Annual statistical returns and brief notes on vaccination in Bengal - 1887-1898
Year: 1887
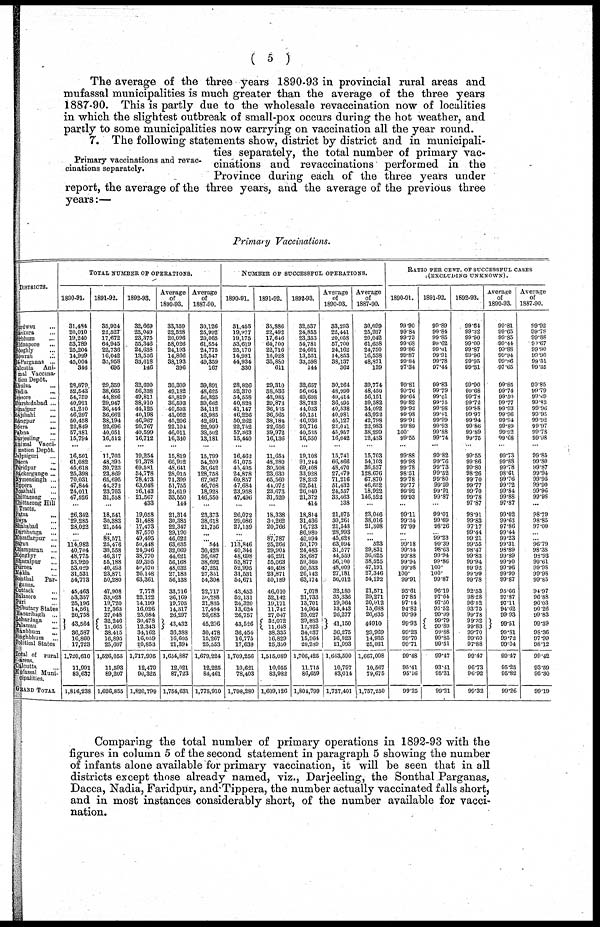
( 5 )
The average of the three years 1890-93 in provincial rural areas and
mufassal municipalities is much greater than the average of the three years
1887-90. This is partly due to the wholesale revaccination now of localities
in which the slightest outbreak of small-pox occurs during the hot weather, and
partly to some municipalities now carrying on vaccination all the year round.
Primary vaccinations and revac¬
cinations separately.
7. The following statements show, district by district and in municipali-
ties separately, the total number of primary vac-
cinations and revaccinations performed in the
Province during each of the three years under
report, the average of the three years, and the average of the previous three
years:—
Primary Vaccinations.
DISTRICTS.
Surdwan ...
Sankura ...
Sirbhum ...
Midnapore ...
Hooghly ...
Howrah
...
24-Parganas ...
Calcutta
Ani-
mal Vaccina-
tion Depôt.
Khulna ...
Nadia ...
Jessore ...
Murshidabad ...
Dinajpur ...
Rajshahi
...
Rangpur ...
Sogra
...
Pabna ...
Darjeeling ...
Animal Vacci¬
nation Depôt.
Jalpaiguri
...
Dacca
...
Faridpur
...
Backergunge ...
Mymensingh ...
Tippera ...
Noakhali ...
Chittagong ...
Chittagong Hill
Tracts.
Patna
...
Gaya ...
Shahabad ...
Darbhanga ...
Muzaffarpur ...
Saran ...
Champaran ...
Monghyr
...
Bhagalpur ...
Purnea
...
Malda ...
Sonthal Par¬
ganas.
Cuttack ...
Balasore
...
Puri ...
Tributary States
Hazaribagh ...
Loharjaga ...
Palamau ...
Manbhutm
...
Singhbhum
...
Political States...
Total of rural
areas.
Calcutta ...
Mufassal Muni¬
cipalities.
GRAND TOTAL
TOTAL NUMBER OF OPERATIONS.
1890-91.
31,484
20,010
19,240
53,789
25,204
14,999
45,004
346
28,879
52,543
54,759
40,921
41,210
46,297
50,458
22,849
57,381
15,794
...
16,501
61,082
45,618
25,398
70,031
47,844
24,011
47,526
...
26,342
29,285
28,022
...
...
114,982
40,704
48,775
53,920
53,029
31,531
54,773
45,463
53,357
25,196
14,561
26,758
43,564
36,587
16,860
17,723
1,720,610
11,991
83,637
1,816,238
1891-92.
35,924
22,527
17,672
64,945
22,736
16,042
35,958
695
29,359
38,665
44,886
29,947
36,444
36,662
38,194
22,696
40,051
16,512
...
11,703
48,395
30,723
23,869
65,695
44,372
23,703
31,558
...
18,541
30,383
21,544
...
88,571
25,476
30,558
46,317
55,188
40,498
23,871
50,280
47,908
33,028
19,720
12,363
27,048
32,246
11,665
38,415
16,895
25,607
1,526,055
11,593
89,207
1,626,855
1892-93.
32,669
25,049
23,375
55,346
24,638
13,556
33,618
146
32,690
56,338
49,811
38,910
44,125
40,198
46,967
20,767
40,599
16,712
...
19,254
91,378
69,581
34,778
78,473
63,048
26,143
21,567
433
19,058
31,488
17,473
87,570
49,495
50,448
24,946
38,770
59,395
50,570
26,148
63,361
7,778
22,122
14,199
16,026
25,084
30,478
12,343
34,162
16,059
20,853
1,717,995
12,479
90,325
1,820,799
Average
of
1890-93.
33,359
22,528
20,096
58,026
24,193
14,866
38,193
396
30,309
49,182
49,819
36,593
40,593
41,052
45,206
22,104
46,011
16,340
...
15,819
66,952
48,641
28,015
71,399
51,755
24,619
33,550
144
21,314
30,385
22,347
29,190
46,022
63,635
32,069
44,621
56,168
48,032
27,183
56,138
33,716
36,169
19,705
14,317
26,297
43,432
36,388
16,605
21,394
1,654,887
12,021
87,723
1,754,631
Average
of
1887-90.
30,126
25,992
20,065
61,854
24,775
16,547
49,359
167
39,891
48,625
56,325
39,662
34,112
43,985
42,891
22,999
38,502
13,181
...
15,799
54,209
36,642
128,758
67,967
46,708
18,928
146,550
...
23,373
38,618
21,756
...
...
544
30,428
36,687
38,692
47,251
27,351
54,301
22,717
30,288
21,835
17,484
26,683
45,296
30,478
15,267
25,553
1,679,224
12,225
84,461
1,775,910
NUMBER OF SUCCESSFUL OPERATIONS.
1890-91.
31,455
19,977
19,175
53,619
25,170
14,981
44,934
330
28,826
52,370
54,558
40,823
41,147
46,226
50,262
22,752
57,363
15,440
...
16,462
61,075
45,495
24,878
69,857
47,684
23,958
47,496
...
26,072
29,086
27,139
...
...
113,846
40,344
48,698
53,877
52,995
31,531
54,671
43,453
52,131
24,320
13,624
26,757
43,526
36,454
16,775
17,639
1,709,256
10,621
78,403
1,798,280
1891-92.
35,886
22,492
17,646
64,700
22,716
16,028
35,880
611
29,310
38,636
43,985
29,873
36,465
36,565
38,184
22,656
39,972
16,136
...
11,654
48,280
30,508
23,630
65,560
44,072
23,673
31,520
...
18,338
30,262
20,766
...
87,787
25,266
29,904
46,291
55,063
40,498
23,871
50,189
46,010
32,142
19,171
11,742
27,047
32,072
11,648
38,335
16,829
25,350
1,515,089
10,055
83,982
1,609,126
1892-93.
32,537
24,855
23,353
54,781
24,601
13,551
33,598
144
32,657
56,064
49,698
38,783
44,033
40,151
46,936
20,716
40,535
16,550
...
19,108
91,244
69,408
33,928
78,232
62,541
26,040
21,372
414
18,814
31,436
16,723
86,980
49,094
50,170
24,483
38,687
59,360
50,533
26,142
63,174
7,078
21,733
13,701
14,964
25,027
29,883
12,323
34,037
15,964
20,289
1,706,425
11,715
86,659
1,804,799
Average
of
1890-93.
33,293
22,441
20,058
57,700
24,162
14,853
38,137
362
30,264
48,990
49,414
36,495
40,538
40,981
45,127
22,041
45,957
16,042
...
15,741
66,866
48,470
27,479
71,216
51,432
24,557
33,463
138
21,075
30,261
21,543
28,993
45,628
63,094
31,577
44,559
56,100
48,009
27,181
56,012
32,180
35,336
19,064
13,443
26,277
41,150
36,275
16,523
21,093
1,643,590
10,797
83,014
1,737,401
Average
of
1887-90.
30,099
25,937
20,042
61,638
24,750
16,538
48,871
139
39,774
48,450
56,151
39,582
34,092
43,922
42,798
22,983
38,299
12,433
...
15,703
54,103
36,537
128,676
67,870
46,652
18,922
146,522
...
23,046
38,016
21,308
...
... 523
29,831
36,625
38,525
47,191
27,346
54,192
21,571
29,271
20,912
15,688
26,635
44,910
29,969
14,935
25,031
1,667,008
10,567
79,675
1,757,250
RATIO PER CENT. OF SUCCESSFUL CASES
(EXCLUDING UNKNOWN).
1890-91.
99.90
99.84
99.73
99.68
99.86
99.87
99.84
97.34
99.81
99.76
99.64
99.82
99.92
99.98
99.91
99.89
100.
99.55
...
99.88
99.98
99.78
98.51
99.78
99.77
99.92
99.93
...
99.11
99.34
97.99
...
...
99.18
99.34
99.88
99.94
99.98
100.
99.91
95.61
97.85
97.14
94.82
99.99
99.93
99.23
99.70
99.71
99.48
95.41
95.16
99.25
1891-92.
99.89
99.84
99.85
99.62
99.01
99.91
99.78
97.44
99.83
99.79
99.01
99.75
99.98
99.91
99.99
99.93
99.88
99.74
...
99.82
99.76
99.73
99.52
99.80
99.59
99.91
99.87
...
99.01
99.69
98.26
...
99.23
99.39
98.63
99.94
99.86
100.
100.
99.87
96.19
97.64
97.50
95.52
99.99
99.79
99.89
99.88
99.85
99.51
99.47
93.41
95.31
99.21
1892-93.
99.64
99.32
99.90
99.00
99.87
99.96
99.95
99.31
99.90
99.68
99.78
99.72
99.88
99.97
99.94
99.86
99.89
99.75
...
99.55
99.86
99.80
98.26
99.70
99.77
99.70
99.78
97.87
98.91
99.83
97.17
99.44
99.21
99.55
98.47
99.83
99.94
99.92
99.99
99.78
92.53
98.28
96.52
93.75
99.78
99.32
99.83
99.70
99.60
97.88
99.47
96.73
96.92
99.32
Average
of
1890-93.
99.81
99.65
99.85
99.44
99.88
99.94
99.86
97.65
99.85
99.74
99.50
99.77
99.93
99.96
99.94
99.89
99.92
99.68
...
99.73
99.88
99.78
98.61
99.76
99.72
99.84
99.88
97.87
99.02
99.63
97.86
99.44
99.23
99.31
98.89
99.89
99.90
99.96
99.99
99.87
95.66
97.87
97.11
94.62
99.93
99.51
99.81
99.72
99.04
99.47
95.25
95.82
99.26
Average
of
1887-90.
99.92
99.78
99.88
90.67
99.90
99.90
99.51
99.35
99.85
99.79
99.69
99.83
99.96
99.95
99.92
99.97
99.78
99.98
...
99.85
99.80
99.87
99.94
99.95
99.90
99.96
99.98
...
98.79
98.85
97.00
...
...
96.79
98.38
98.93
99.61
99.98
99.98
99.85
94.97
96.88
96.03
90.26
99.83
99.39
98.36
97.99
98.12
99.42
93.59
95.30
99.19
Comparing the total number of primary operations in 1892-93 with the
figures in column 5 of the second statement in paragraph 5 showing the number
of infants alone available for primary vaccination, it will be seen that in all
districts except those already named, viz., Darjeeling, the Sonthal Parganas,
Dacca, Nadia, Faridpur, and Tippera, the number actually vaccinated falls short,
and in most instances considerably short, of the number available for vacci-
nation.